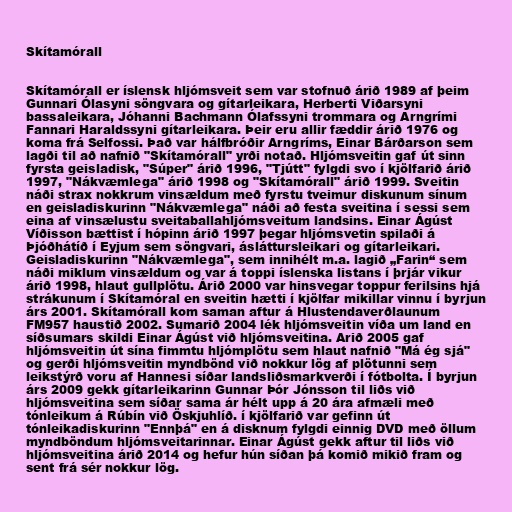
Skítamórall

Skítamórall er íslensk hljómsveit sem var stofnuð árið 1989 af þeim
Gunnari Ólasyni söngvara og gítarleikara, Herberti Viðarsyni
bassaleikara, Jóhanni Bachmann Ólafssyni trommara og Arngrími
Fannari Haraldssyni gítarleikara. Þeir eru allir fæddir árið 1976 og
koma frá Selfossi. Það var hálfbróðir Arngríms, Einar Bárðarson sem
lagði til að nafnið "Skítamórall" yrði notað. Hljómsveitin gaf út sinn
fyrsta geisladisk, "Súper" árið 1996, "Tjútt" fylgdi svo í kjölfarið árið
1997, "Nákvæmlega" árið 1998 og "Skítamórall" árið 1999. Sveitin
náði strax nokkrum vinsældum með fyrstu tveimur diskunum sínum
en geisladiskurinn "Nákvæmlega" náði að festa sveitina í sessi sem
eina af vinsælustu sveitaballahljómsveitum landsins. Einar Ágúst
Víðisson bættist í hópinn árið 1997 þegar hljómsvetin spilaði á
Þjóðhátíð í Eyjum sem söngvari, ásláttursleikari og gítarleikari.
Geisladiskurinn "Nákvæmlega", sem innihélt m.a. lagið „Farin“ sem
náði miklum vinsældum og var á toppi íslenska listans í þrjár vikur
árið 1998, hlaut gullplötu. Árið 2000 var hinsvegar toppur ferilsins hjá
strákunum í Skítamóral en sveitin hætti í kjölfar mikillar vinnu í byrjun
árs 2001. Skítamórall kom saman aftur á Hlustendaverðlaunum
FM957 haustið 2002. Sumarið 2004 lék hljómsveitin víða um land en
síðsumars skildi Einar Ágúst við hljómsveitina. Arið 2005 gaf
hljómsveitin út sína fimmtu hljómplötu sem hlaut nafnið "Má ég sjá"
og gerði hljómsveitin myndbönd við nokkur lög af plötunni sem
leikstýrð voru af Hannesi síðar landsliðsmarkverði í fótbolta. Í byrjun
árs 2009 gekk gítarleikarinn Gunnar Þór Jónsson til liðs við
hljómsveitina sem síðar sama ár hélt upp á 20 ára afmæli með
tónleikum á Rúbín við Öskjuhlíð. í kjölfarið var gefinn út
tónleikadiskurinn "Ennþá" en á disknum fylgdi einnig DVD með öllum
myndböndum hljómsveitarinnar. Einar Ágúst gekk aftur til liðs við
hljómsveitina árið 2014 og hefur hún síðan þá komið mikið fram og
sent frá sér nokkur lög.